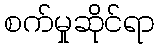
စက်မှုဆိုင်ရာ